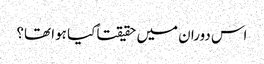
اس دوران میں حقیقتاً کیا ہوا تھا؟